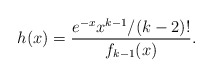
\begin{align*} h(x)=\frac{e^{-x}x^{k-1}/(k-2)!}{f_{k-1}(x)}. \end{align*}